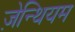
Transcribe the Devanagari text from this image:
ज़ेन्थियम